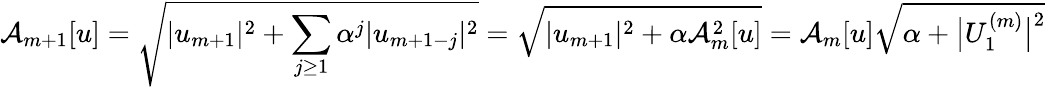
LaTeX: \mathcal{A}_{m+1}[u]=\sqrt{|u_{m+1}|^{2}+\sum_{j\ge 1}{\alpha^{j}|u_{m+1-j}|^{2}}}=\sqrt{|u_{m+1}|^{2}+\alpha\mathcal{A}_{m}^{2}[u]}=\mathcal{A}_{m}[u]\sqrt{\alpha+\big|U_{1}^{(m)}\big|^{2}}